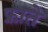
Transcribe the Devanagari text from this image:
फ्राते